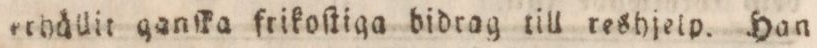
erhållit ganſka frikoſtiga didrag till reshjelp. Han